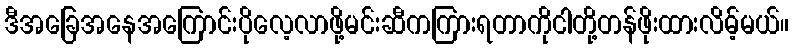
ဒီအခြေအနေအကြောင်းပိုလေ့လာဖို့မင်းဆီကကြားရတာကိုငါတို့တန်ဖိုးထားလိမ့်မယ်။